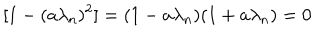
[ 1 - ( a \lambda _ { n } ) ^ { 2 } ] = ( 1 - a \lambda _ { n } ) ( 1 + a \lambda _ { n } ) = 0